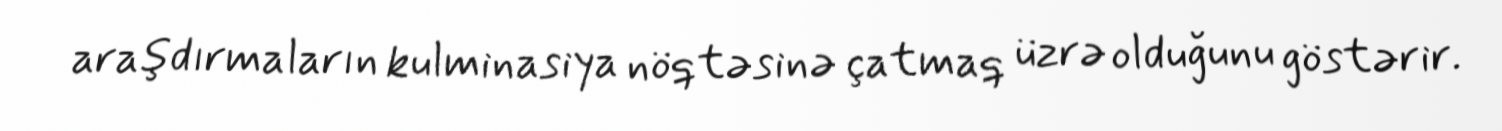
araşdırmaların kulminasiya nöqtəsinə çatmaq üzrə olduğunu göstərir.